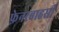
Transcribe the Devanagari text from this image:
फ़ेनरबाहसी